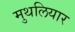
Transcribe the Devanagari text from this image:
मुथलियार